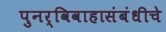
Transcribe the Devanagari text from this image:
पुनर्विवाहासंबंधीचे